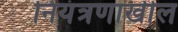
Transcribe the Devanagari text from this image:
नियंत्रणाखील